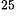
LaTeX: ^\textrm{\scriptsize 25}